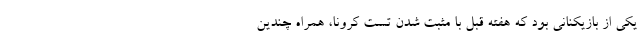
یکی از بازیکنانی بود که هفته قبل با مثبت شدن تست کرونا، همراه چندین